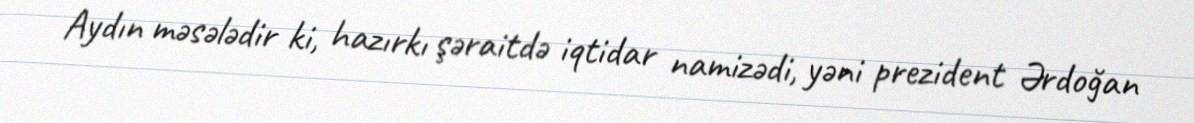
Aydın məsələdir ki, hazırkı şəraitdə iqtidar namizədi, yəni prezident Ərdoğan